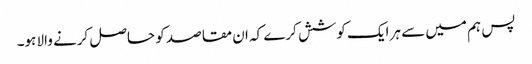
پس ہم میں سے ہر ایک کوشش کرے کہ ان مقاصد کو حاصل کرنے والا ہو۔